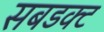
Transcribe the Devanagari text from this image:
सबडक्ट